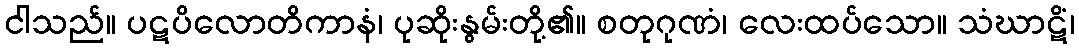
ငါသည်။ ပဋပိလောတိကာနံ၊ ပုဆိုးနွမ်းတို့၏။ စတုဂုဏံ၊ လေးထပ်သော။ သံဃာဋိံ၊